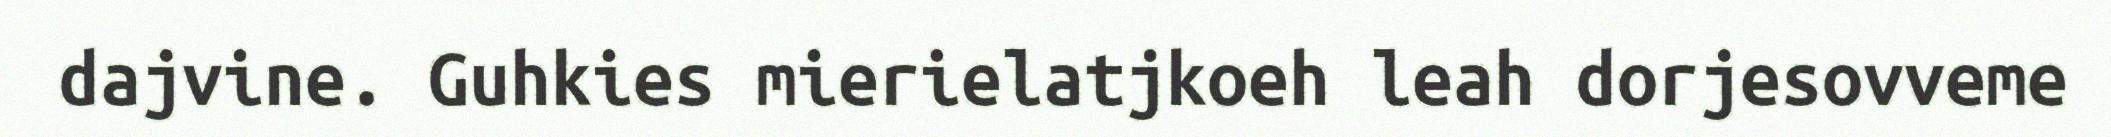
dajvine. Guhkies mierielatjkoeh leah dorjesovveme